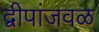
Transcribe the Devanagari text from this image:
द्वीपांजवळ